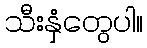
သီးနှံတွေပါ။